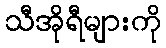
သီအိုရီများကို